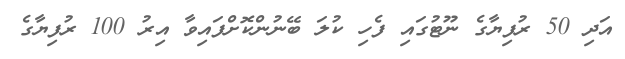
އަދި 50 ރުފިޔާގެ ނޫޓުގައި ފެހި ކުލަ ބޭނުންކޮށްފައިވާ އިރު 100 ރުފިޔާގެ